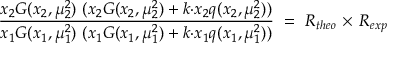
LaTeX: \frac { x _ { 2 } G ( x _ { 2 } , \mu _ { 2 } ^ { 2 } ) \ ( x _ { 2 } G ( x _ { 2 } , \mu _ { 2 } ^ { 2 } ) + k { \cdot } x _ { 2 } q ( x _ { 2 } , \mu _ { 2 } ^ { 2 } ) ) } { x _ { 1 } G ( x _ { 1 } , \mu _ { 1 } ^ { 2 } ) \ ( x _ { 1 } G ( x _ { 1 } , \mu _ { 1 } ^ { 2 } ) + k { \cdot } x _ { 1 } q ( x _ { 1 } , \mu _ { 1 } ^ { 2 } ) ) } \ = \ R _ { t h e o } \ { \times } \ R _ { e x p }